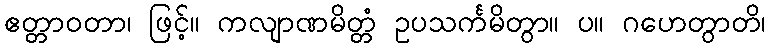
ဧတ္တာဝတာ၊ ဖြင့်။ ကလျာဏမိတ္တံ ဥပသင်္ကမိတွာ။ ပ။ ဂဟေတွာတိ၊